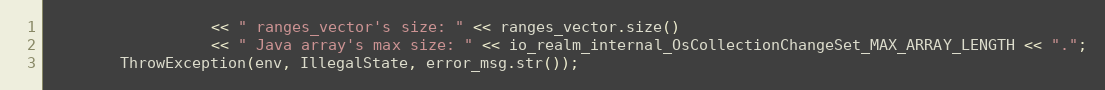
Language: C++
                  << " ranges_vector's size: " << ranges_vector.size()
                  << " Java array's max size: " << io_realm_internal_OsCollectionChangeSet_MAX_ARRAY_LENGTH << ".";
        ThrowException(env, IllegalState, error_msg.str());